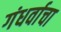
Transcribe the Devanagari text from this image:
गंधर्वाचा